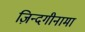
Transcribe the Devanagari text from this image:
ज़िन्दगीनामा